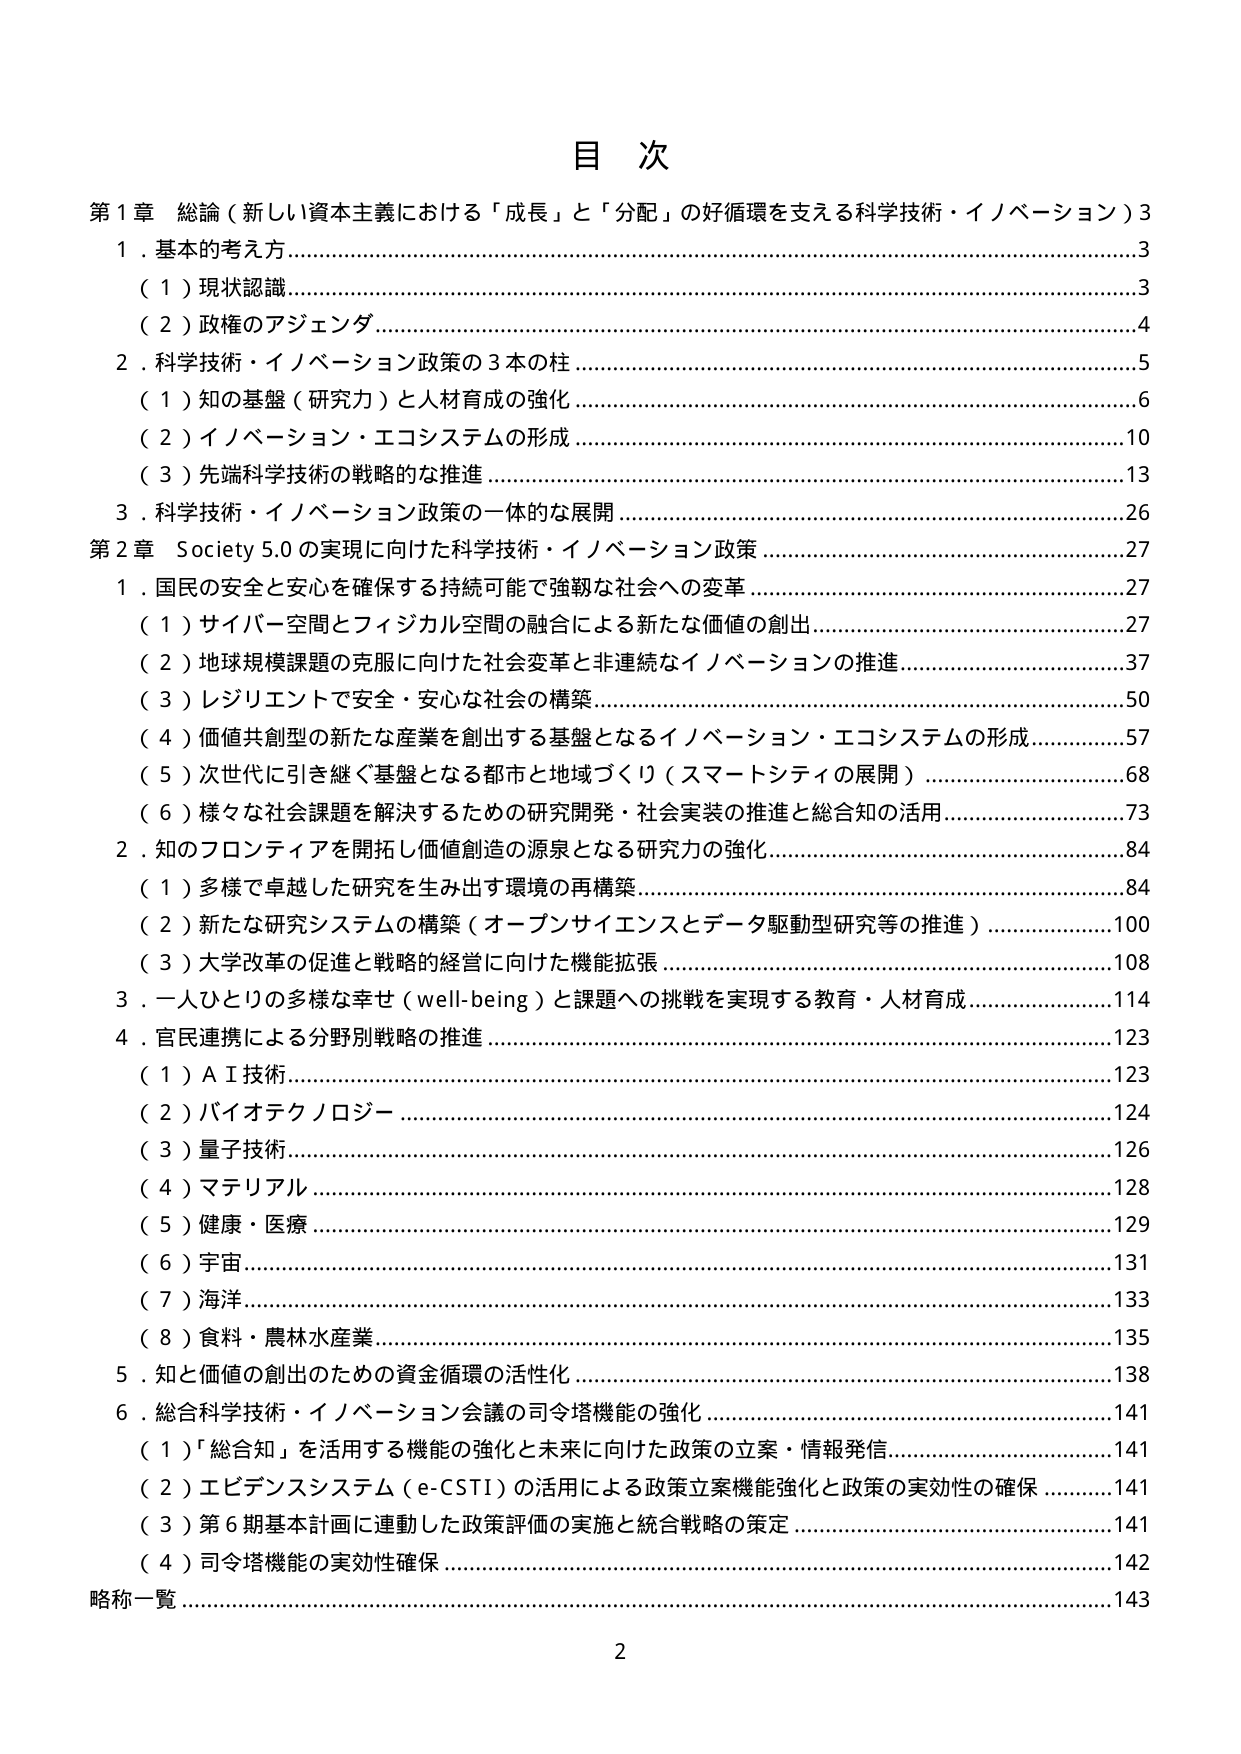
目 次

第1章 総論（新しい資本主義における「成長」と「分配」の好循環を支える科学技術・イノベーション） 3
　1．基本的考え方……………………………………………………………………………………………3
　　（1）現状認識……………………………………………………………………………………………3
　　（2）政権のアジェンダ…………………………………………………………………………………4
　2．科学技術・イノベーション政策の3本の柱…………………………………………………………5
　　（1）知の基盤（研究力）と人材育成の強化…………………………………………………………6
　　（2）イノベーション・エコシステムの形成…………………………………………………………10
　　（3）先端科学技術の戦略的な推進…………………………………………………………………13
　3．科学技術・イノベーション政策の一体的な展開…………………………………………………26

第2章 Society 5.0の実現に向けた科学技術・イノベーション政策…………………………………27
　1．国民の安全と安心を確保する持続可能で強靭な社会への変革…………………………………27
　　（1）サイバー空間とフィジカル空間の融合による新たな価値の創出……………………………27
　　（2）地球規模課題の克服に向けた社会変革と非連続なイノベーションの推進…………………37
　　（3）レジリエントで安全・安心な社会の構築……………………………………………………50
　　（4）価値共創型の新たな産業を創出する基盤となるイノベーション・エコシステムの形成……57
　　（5）次世代に引き継ぐ基盤となる都市と地域づくり（スマートシティの展開）………………68
　　（6）様々な社会課題を解決するための研究開発・社会実装の推進と総合知の活用……………73
　2．知のフロンティアを開拓し価値創造の源泉となる研究力の強化………………………………84
　　（1）多様で卓越した研究を生み出す環境の再構築………………………………………………84
　　（2）新たな研究システムの構築（オープンサイエンスとデータ駆動型研究等の推進）………100
　　（3）大学改革の促進と戦略的経営に向けた機能拡張……………………………………………108
　3．一人ひとりの多様な幸せ（well-being）と課題への挑戦を実現する教育・人材育成…………114
　4．官民連携による分野別戦略の推進………………………………………………………………123
　　（1）AI技術…………………………………………………………………………………………123
　　（2）バイオテクノロジー…………………………………………………………………………124
　　（3）量子技術………………………………………………………………………………………126
　　（4）マテリアル……………………………………………………………………………………128
　　（5）健康・医療……………………………………………………………………………………129
　　（6）宇宙……………………………………………………………………………………………131
　　（7）海洋……………………………………………………………………………………………133
　　（8）食料・農林水産業……………………………………………………………………………135
　5．知と価値の創出のための資金循環の活性化……………………………………………………138
　6．総合科学技術・イノベーション会議の司令塔機能の強化………………………………………141
　　（1）「総合知」を活用する機能の強化と未来に向けた政策の立案・情報発信…………………141
　　（2）エビデンスシステム（e-CSTI）の活用による政策立案機能強化と政策の実効性の確保…141
　　（3）第6期基本計画に連動した政策評価の実施と統合戦略の策定………………………………141
　　（4）司令塔機能の実効性確保………………………………………………………………………142
略称一覧…………………………………………………………………………………………………143

2